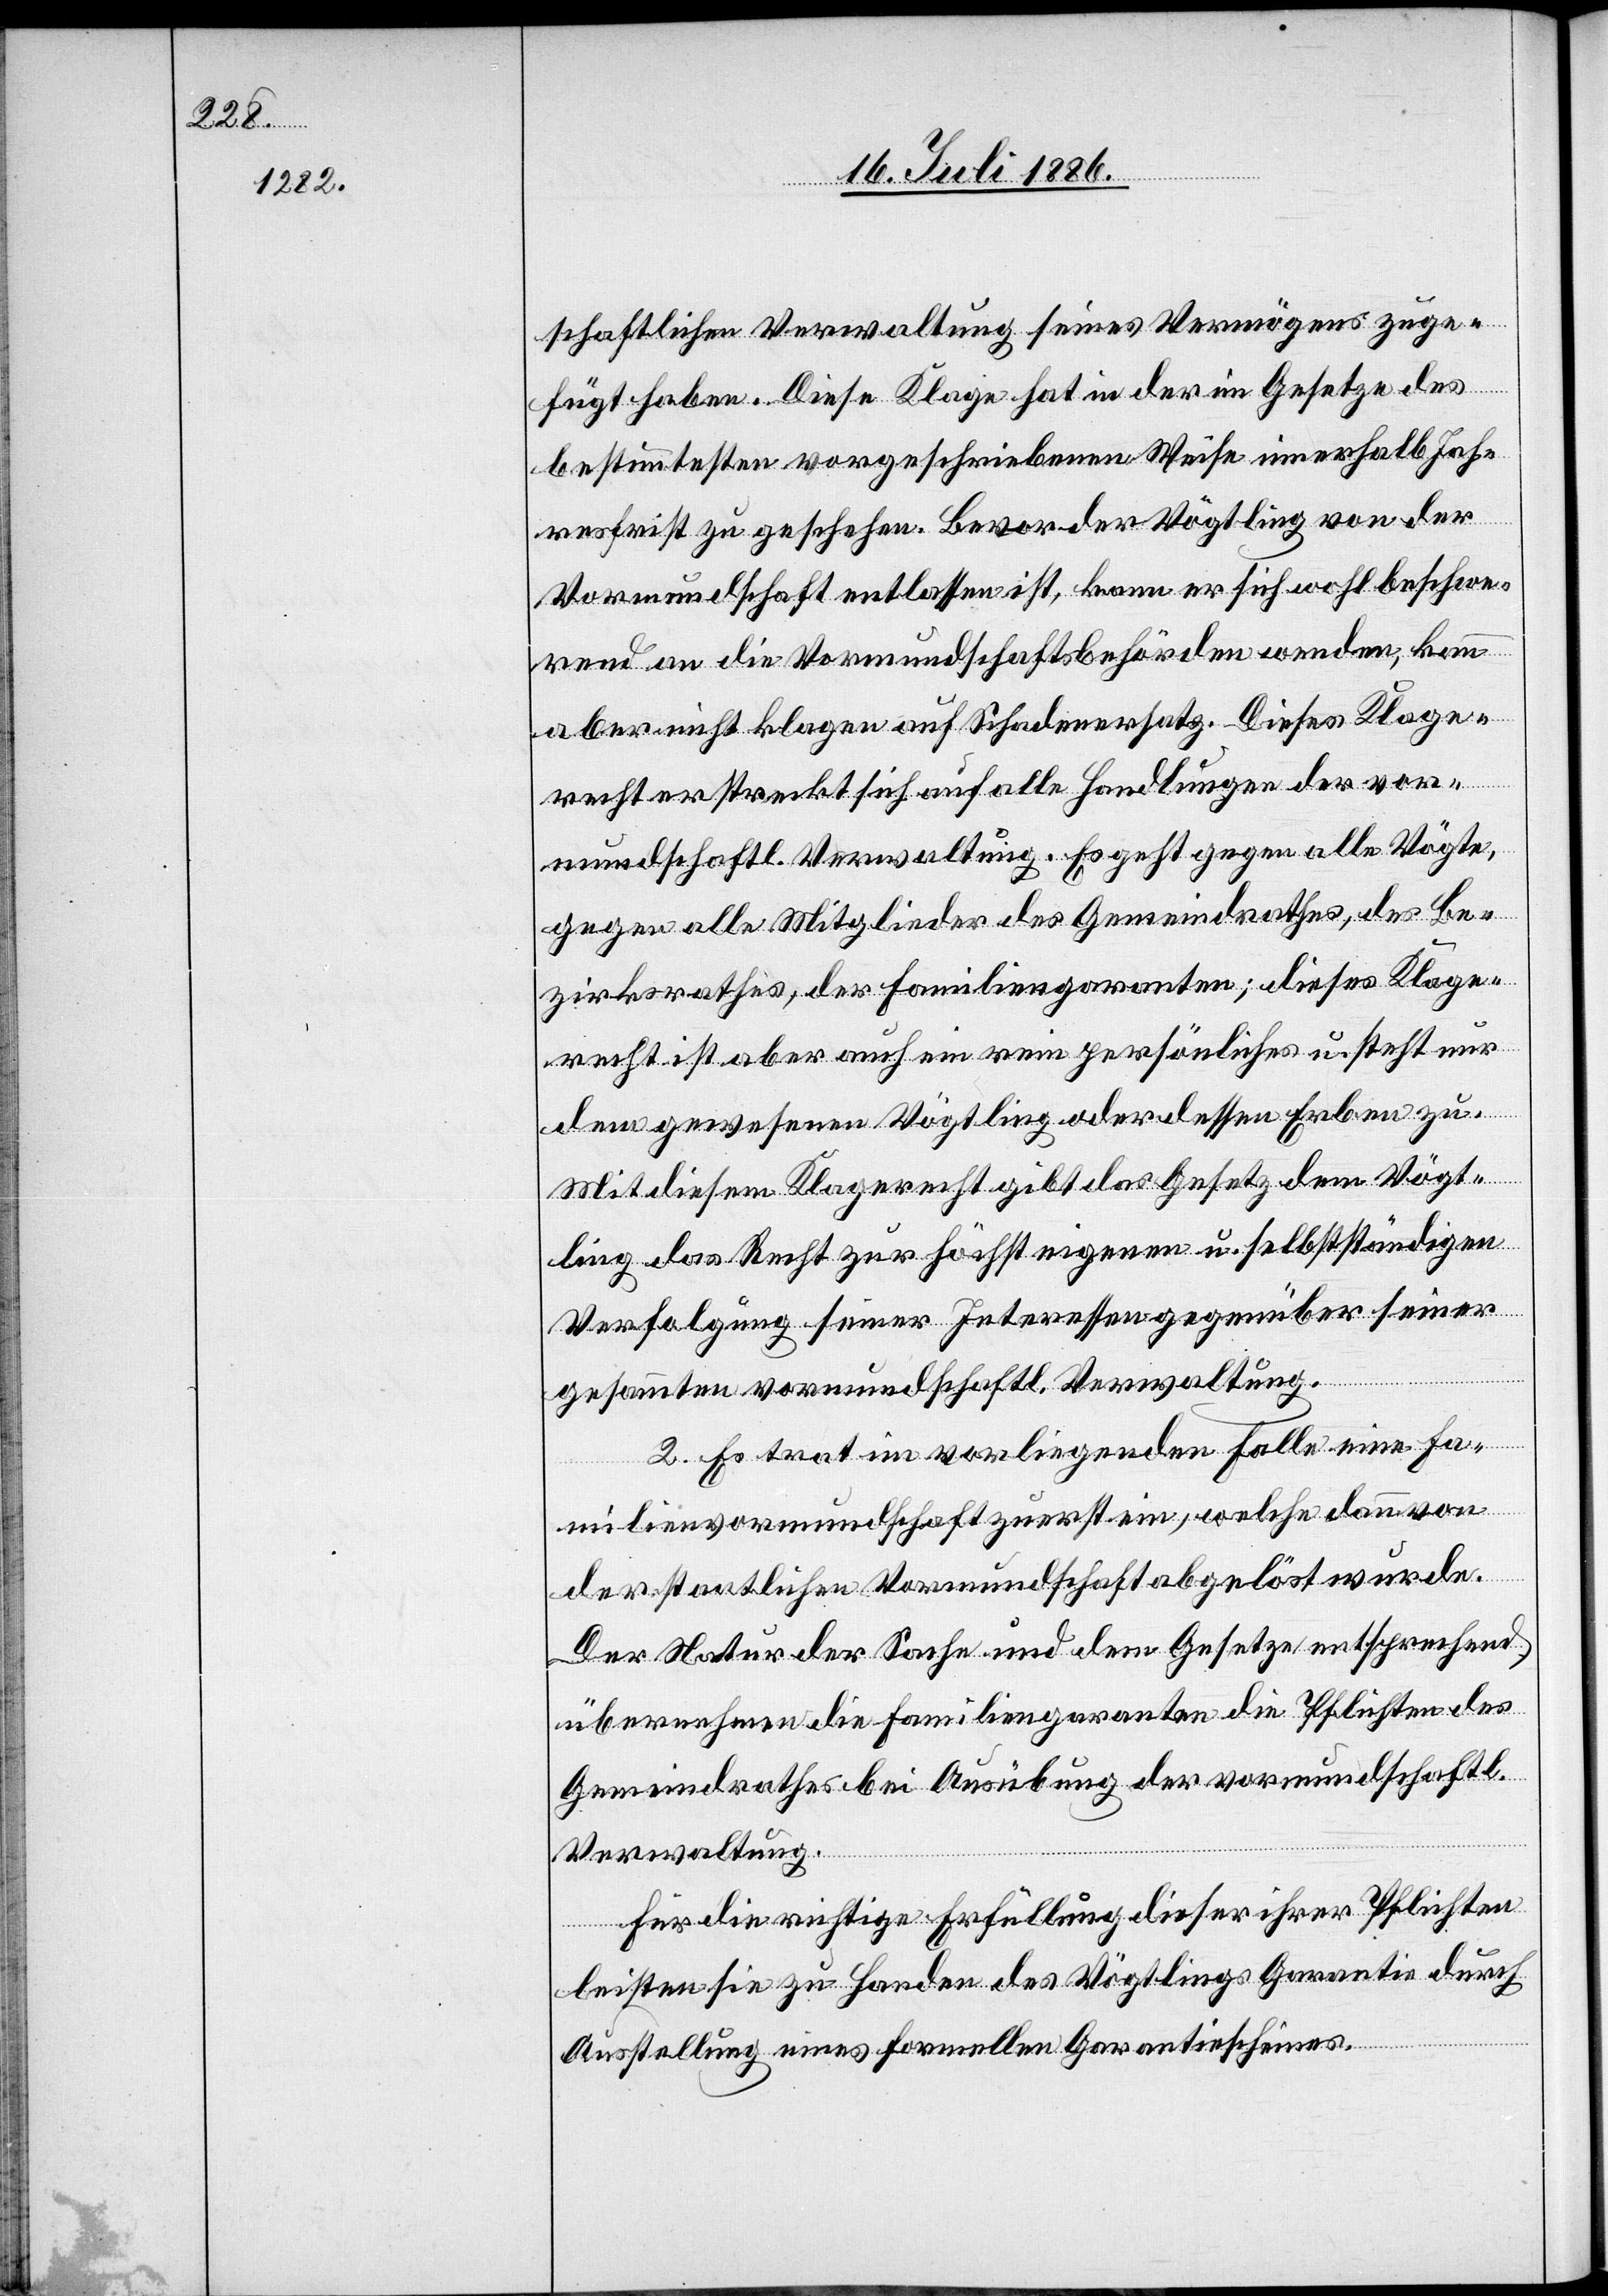
schaftlichen Verwaltung seines Vermögens zuge¬
fügt haben. Diese Klage hat in der im Gesetze des
bestimmtesten vorgeschriebenen Weise innerhalb Jah¬
resfrist zu geschehen. Bevor der Vögtling von der
Vormundschaft entlassen ist, kann er sich wohl beschwe¬
rend an die Vormundschaftsbehörden wenden, kann
aber nicht klagen auf Schadenersatz. Dieses Klage¬
recht erstreckt sich auf alle Handlungen der vor¬
mundschlaft. Verwaltung. Es geht gegen alle Vögte,
gegen alle Mitglieder des Gemeindrathes, des Be¬
zirksrathe, der Familienagenten; dieses Klage¬
recht ist aber auch ein rein persönliches u. steht nur
dem gewesenen Vögtling oder dessen Erben zu.
Mit diesem Klagerecht gibt das Gesetz dem Vögt¬
ling das Recht zur höchst eigenem u. selbstständigen
Verfolgung seiner Interessen gegenüber seiner
gesammten vormundschaftl. Verwaltung.
2. Es trat im vorliegenden Falle eine Fa¬
milienvormundschaft zuerst ein, welche dann von
der staatlichen Vormundschaft abgelöst wurde.
Der Natur der Sache und dem Gesetze entsprechend
übernehmen die Familiengaranten die Pflichten des
Gemeindrathes bei Ausübung der vormundschaftl.
Verwaltung.
Für die richtige Erfüllung dieser ihrer Pflichten
leisten sie zu Handen des Vögtlings Garantie durch
Ausstellung eines formellen Garantiescheines.